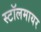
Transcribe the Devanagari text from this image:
स्टॉलमायर